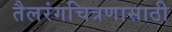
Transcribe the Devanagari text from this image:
तैलरंगचित्रणासाठी